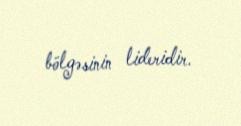
bölgəsinin lideridir.